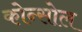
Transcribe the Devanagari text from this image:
कोन्सोल